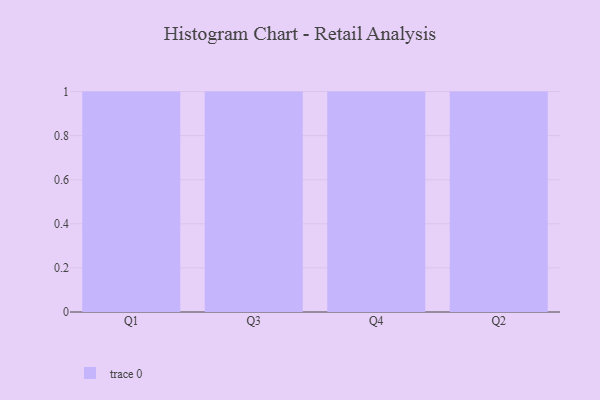
{"axis": {"x": "Quarter", "y": "Demand Index"}, "legend": [""], "data": [{"x": "Q1", "y": 13, "type": ""}, {"x": "Q3", "y": 26, "type": ""}, {"x": "Q4", "y": 66, "type": ""}, {"x": "Q2", "y": 11, "type": ""}]}